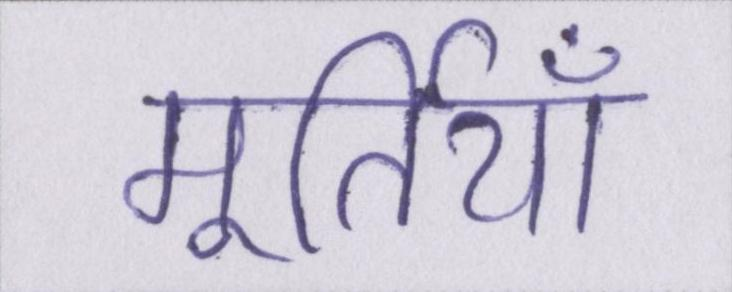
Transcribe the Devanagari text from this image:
मूर्तियाँ